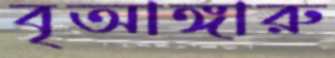
বৃআঙ্গারু